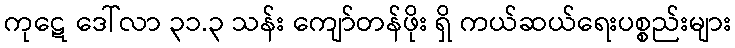
ကုဋေ ဒေါ်လာ ၃၁.၃ သန်း ကျော်တန်ဖိုး ရှိ ကယ်ဆယ်ရေးပစ္စည်းများ